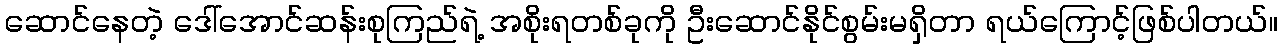
ဆောင်နေတဲ့ ဒေါ်အောင်ဆန်းစုကြည်ရဲ့ အစိုးရတစ်ခုကို ဦးဆောင်နိုင်စွမ်းမရှိတာ ရယ်ကြောင့်ဖြစ်ပါတယ်။